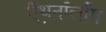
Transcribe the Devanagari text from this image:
ऍथ़नॉलॉग